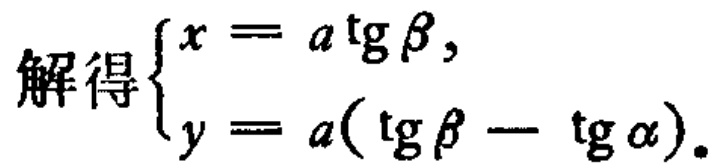
解得$\begin{cases}x = a\operatorname{tg}\beta,\\y = a(\operatorname{tg}\beta - \operatorname{tg}\alpha).\end{cases}$